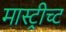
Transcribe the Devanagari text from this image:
मास्ट्रीच्ट